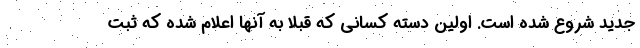
جدید شروع شده است. اولین دسته کسانی که قبلا به آنها اعلام شده که ثبت